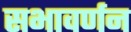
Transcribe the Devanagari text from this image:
सभावर्णन